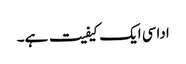
اداسی ایک کیفیت ہے۔